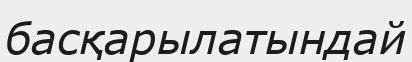
басқарылатындай